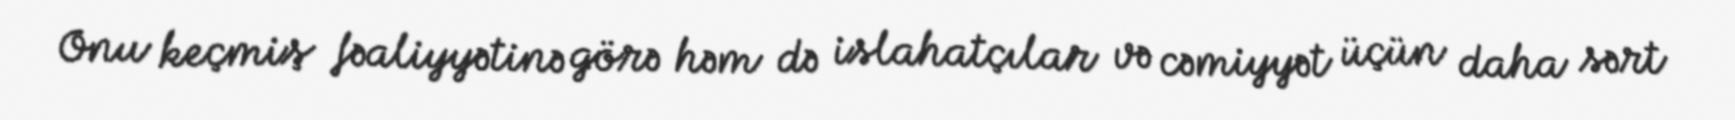
Onu keçmiş fəaliyyətinə görə həm də islahatçılar və cəmiyyət üçün daha sərt